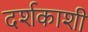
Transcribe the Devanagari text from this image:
दर्शकाशी